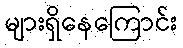
များရှိနေကြောင်း